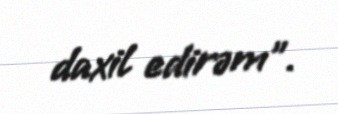
daxil edirəm”.